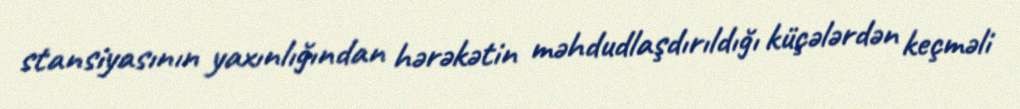
stansiyasının yaxınlığından hərəkətin məhdudlaşdırıldığı küçələrdən keçməli